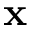
\mathbf { x }